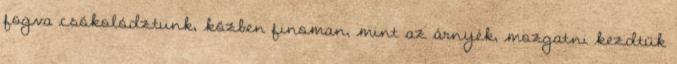
fogva csókolództunk, közben finoman, mint az árnyék, mozgatni kezdtük